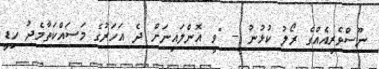
ނޫސްވެރިއެއްގެ ރޯލު ކުޅުނު -- "ވީ އޮންލައިނަށް ދެ އަހަރުގެ މަސައްކަތާމެދު ހިޑީ